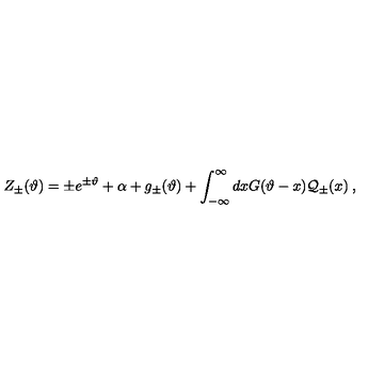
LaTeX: \displaystyle Z _ { \pm } ( \vartheta ) = \pm e ^ { \pm \vartheta } + \alpha + g _ { \pm } ( \vartheta ) + \displaystyle \int _ { - \infty } ^ { \infty } d x G ( \vartheta - x ) { \cal Q } _ { \pm } ( x ) \: ,